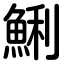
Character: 鯏